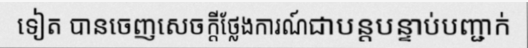
ទៀត បានចេញសេចក្តីថ្លែងការណ៍ជាបន្តបន្ទាប់បញ្ជាក់